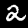
Label: 2